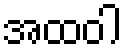
အထဝါ